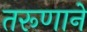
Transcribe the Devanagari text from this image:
तरूणाने